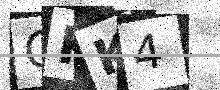
Text: GKK4